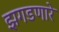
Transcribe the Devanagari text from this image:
झगडणारे